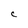
Character: C